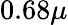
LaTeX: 0.68\mu